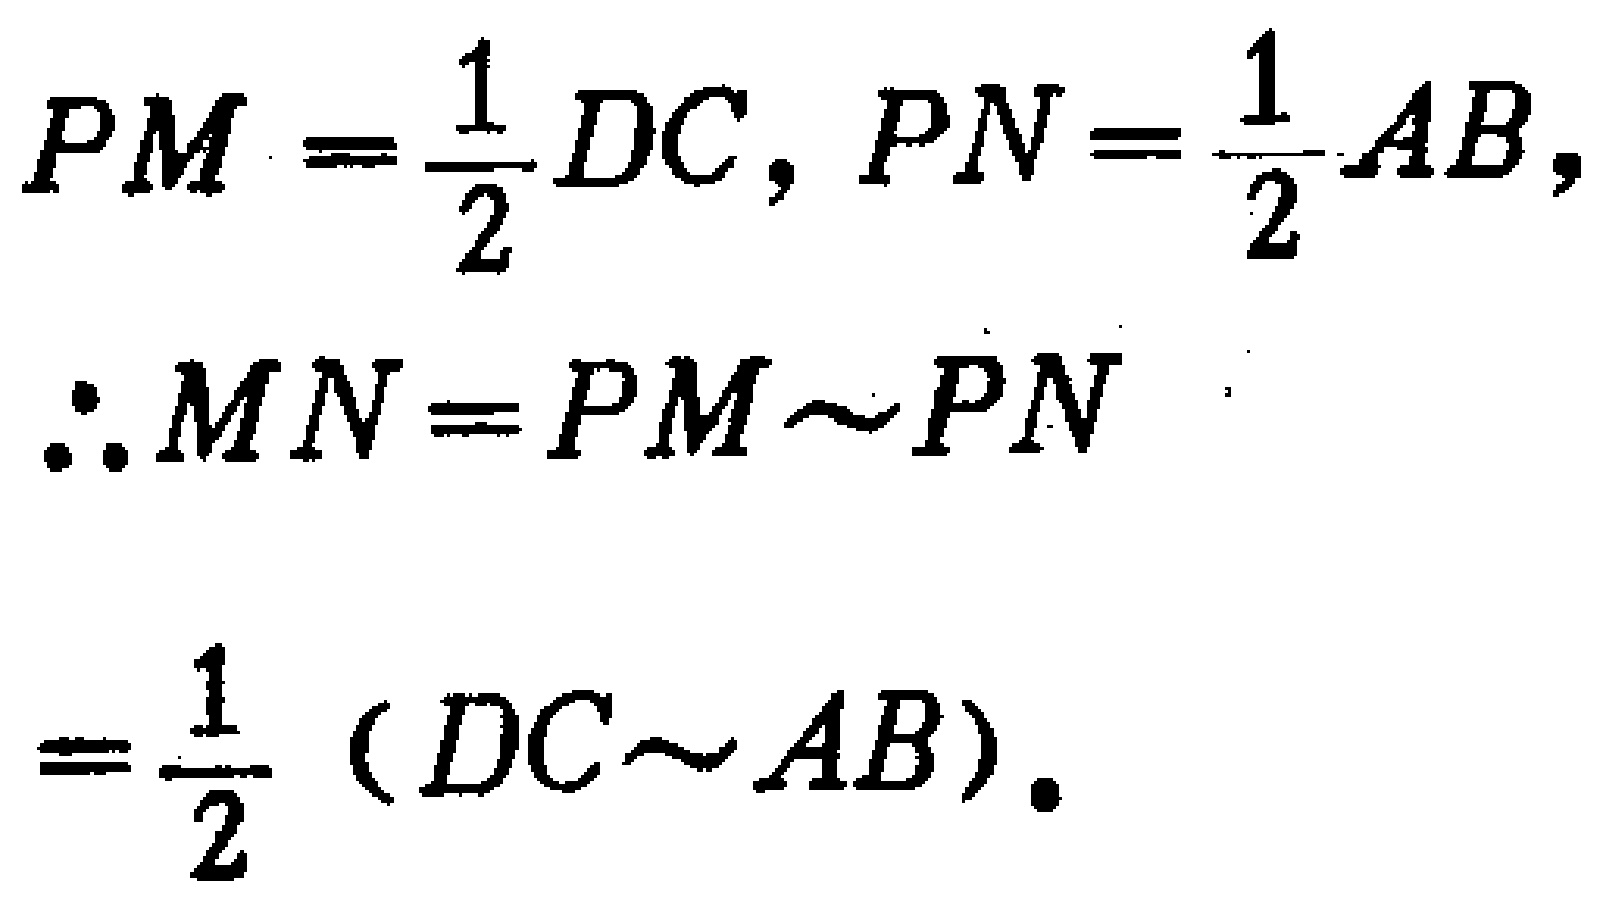
\[

\begin{align*}

PM&=\frac{1}{2}DC,PN = \frac{1}{2}AB,\\

\therefore MN&=PM\sim PN\\

&=\frac{1}{2}(DC\sim AB).

\end{align*}

\]